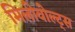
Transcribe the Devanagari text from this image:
मिलीवोल्ट्स